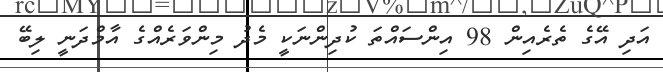
އަދި އޭގެ ތެރެއިން 98 އިންސައްތަ ކުދިންނަކީ މެދު މިންވަރެއްގެ އާމްދަނީ ލިބޭ